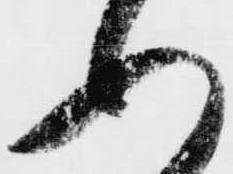
ふ